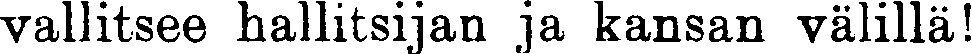
vallitsee hallitsijan ja kansan välillä!